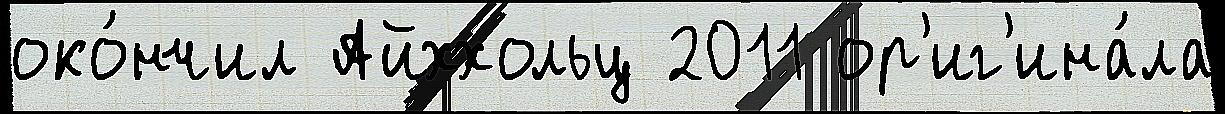
око́нчил Айххольц 2011 ор'иг'ина́ла